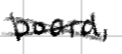
Text: board,
Cross-out: mix
Writing tool: digital_black